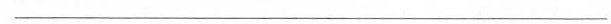
___